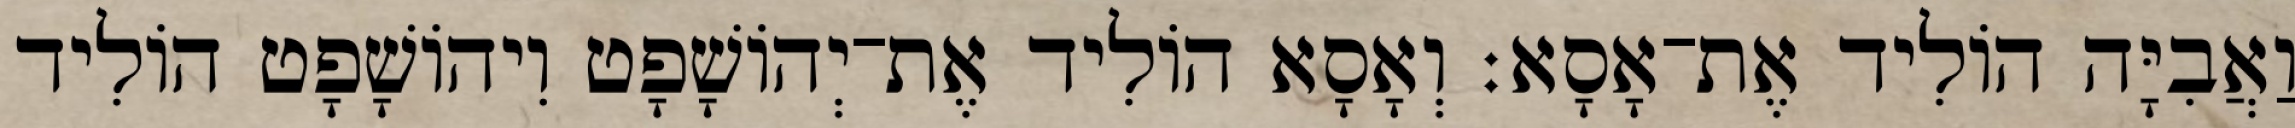
וַאֲבִיָּה הוֹלִיד אֶת־אָסָא׃ וְאָסָא הוֹלִיד אֶת־יְהוֹשָׁפָט וִיהוֹשָׁפָט הוֹלִיד